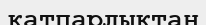
қатпарлықтан